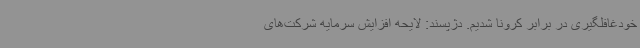
خودغافلگیری در برابر کرونا شدیم. دژپسند: لایحه افزایش سرمایه شرکت‌های